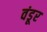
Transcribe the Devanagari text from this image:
वंडूर